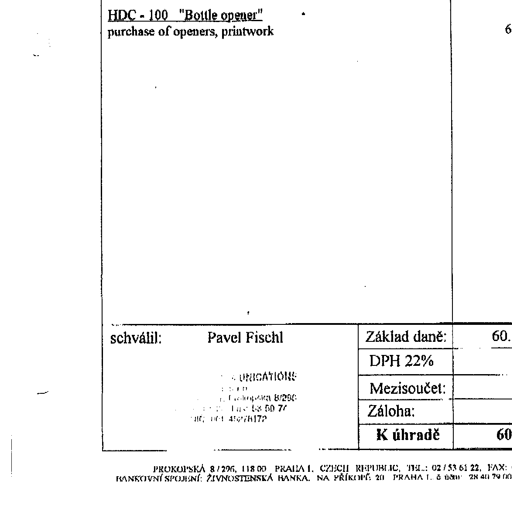
Transcript:
HDC - 100 "Bottle opener"
purchase of openers, printwork

schválil:	Pavel Fischl	Základ daně:	60.
DPH 22%
Mezisoučet:
Záloha:
K úhradě	60

PROKOPSKA 8/296, 118 00 PRAHA 1, CZECH REPUBLIC, TEL.: 02/53 61 22, FAX:
BANKOVNÍ SPOJENÍ: ŽIVNOSTENSKÁ BANKA, NA PŘÍKOPĚ 20 PRAHA 1, č ústavu 28 411 79 00